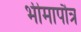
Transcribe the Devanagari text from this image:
भीमापौत्र